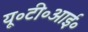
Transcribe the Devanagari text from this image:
यू॰टी॰आई॰